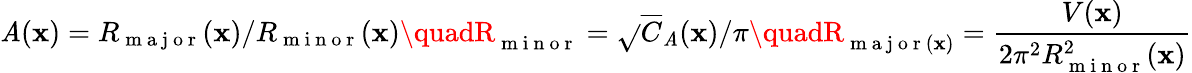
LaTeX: \mathit{A}(\mathbf{{x}})=R_{\mathrm{{~m~a~j~o~r~}}}(\mathbf{{x}})/R_{\mathrm{{~m~i~n~o~r~}}}(\mathbf{{x}})\quadR_{\mathrm{{~m~i~n~o~r~}}}=\sqrt{}{{\overline{{{C}}}_{\mathit{A}}(\mathbf{{x}})/\pi}}\quadR_{\mathrm{{~m~a~j~o~r~}}(\mathbf{{x}})}=\frac{{V(\mathbf{{x}})}}{{2\pi^{2}R_{\mathrm{{~m~i~n~o~r~}}}^{2}(\mathbf{{x}})}}